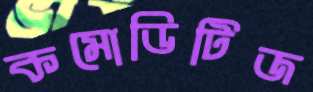
কমোডিটিজ